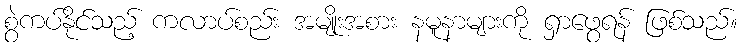
စွဲကပ်နိုင်သည့် ကလာပ်စည်း အမျိုးအစား နမူနာများကို ရှာဖွေရန် ဖြစ်သည်။